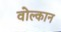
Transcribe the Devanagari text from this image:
वोल्कान